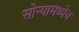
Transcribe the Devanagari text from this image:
सोन्यामध्येच